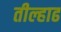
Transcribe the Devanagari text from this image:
तील्हाढ